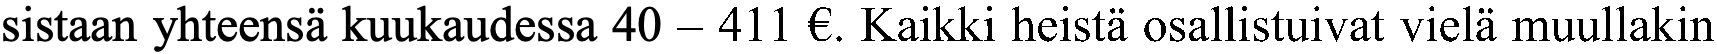
sistaan yhteensä kuukaudessa 40 – 411 €. Kaikki heistä osallistuivat vielä muullakin